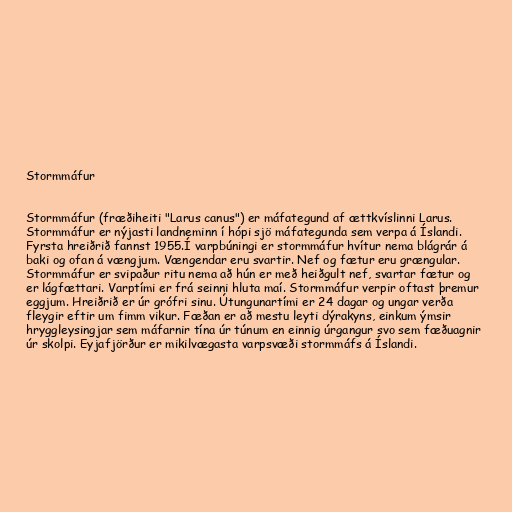
Stormmáfur

Stormmáfur (fræðiheiti "Larus canus") er máfategund af ættkvíslinni Larus.
Stormmáfur er nýjasti landneminn í hópi sjö máfategunda sem verpa á Íslandi.
Fyrsta hreiðrið fannst 1955.Í varpbúningi er stormmáfur hvítur nema blágrár á
baki og ofan á vængjum. Vængendar eru svartir. Nef og fætur eru grængular.
Stormmáfur er svipaður ritu nema að hún er með heiðgult nef, svartar fætur og
er lágfættari. Varptími er frá seinni hluta maí. Stormmáfur verpir oftast þremur
eggjum. Hreiðrið er úr grófri sinu. Útungunartími er 24 dagar og ungar verða
fleygir eftir um fimm vikur. Fæðan er að mestu leyti dýrakyns, einkum ýmsir
hryggleysingjar sem máfarnir tína úr túnum en einnig úrgangur svo sem fæðuagnir
úr skolpi. Eyjafjörður er mikilvægasta varpsvæði stormmáfs á Íslandi.